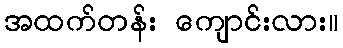
အထက်တန်း ကျောင်းလား။